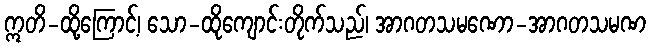
ဣတိ-ထို့ကြောင့်၊ သော-ထိုကျောင်းတိုက်သည်၊ အာဂတသမဏော-အာဂတသမဏ